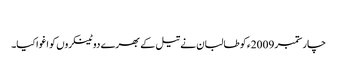
​
چار ستمبر 2009ء کو طالبان نے تیل کے بھرے دو ٹینکروں کو اغوا کیا۔